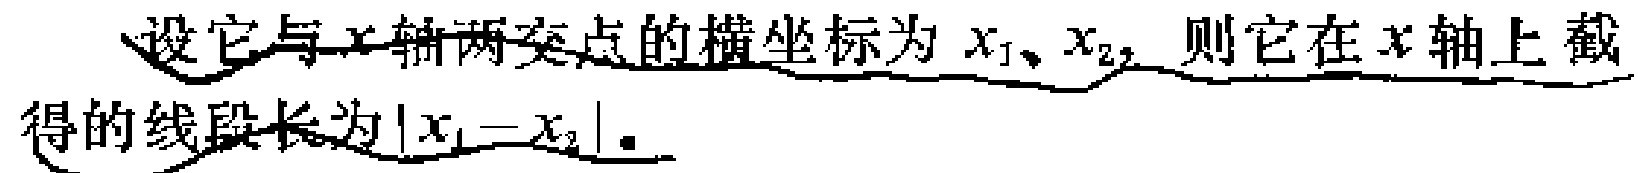
设它与\(x\)轴两交点的横坐标为\(x_{1}、x_{2}\)，则它在\(x\)轴上截得的线段长为\(\vert x_{1}-x_{2}\vert\)。